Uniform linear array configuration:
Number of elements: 24
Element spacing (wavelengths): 0.75
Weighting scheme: binomial
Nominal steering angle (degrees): -15
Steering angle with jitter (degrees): -13.642
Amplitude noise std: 0.05
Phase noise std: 0.05

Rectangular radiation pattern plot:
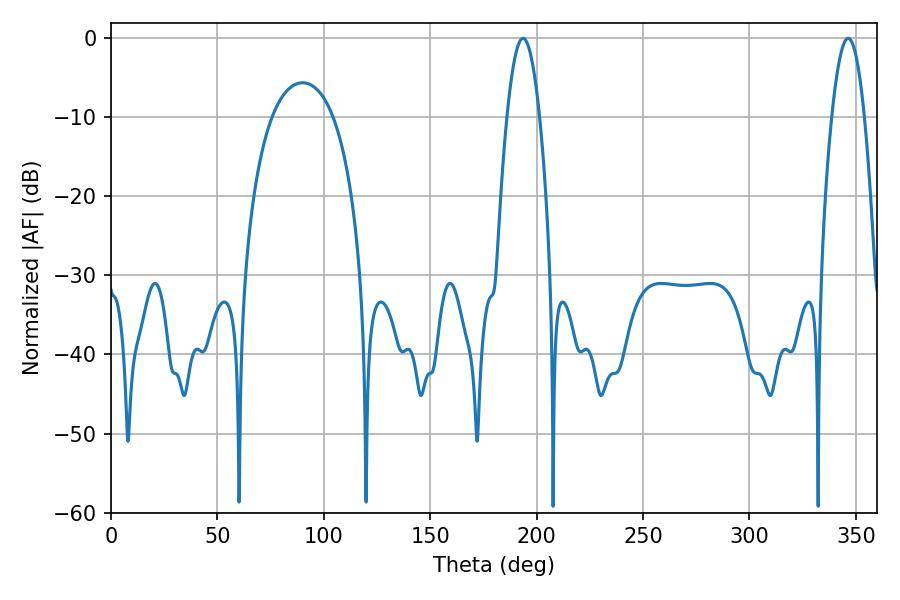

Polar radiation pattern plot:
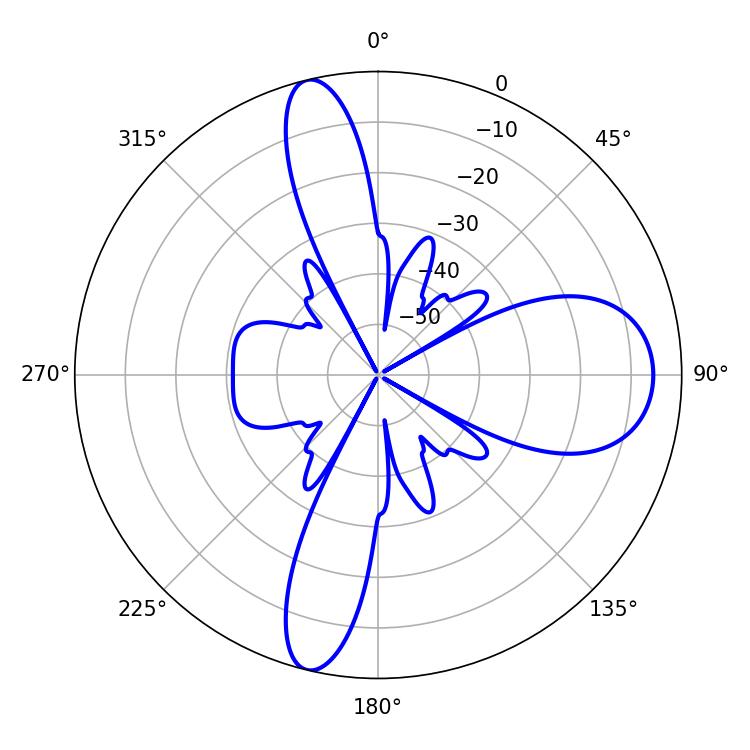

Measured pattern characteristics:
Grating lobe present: TRUE
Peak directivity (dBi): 16.739
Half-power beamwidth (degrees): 8.28
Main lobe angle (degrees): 193.68